Report of the Indian Hemp Drugs Commission, 1894-1895 - Volume I
Year: 1894
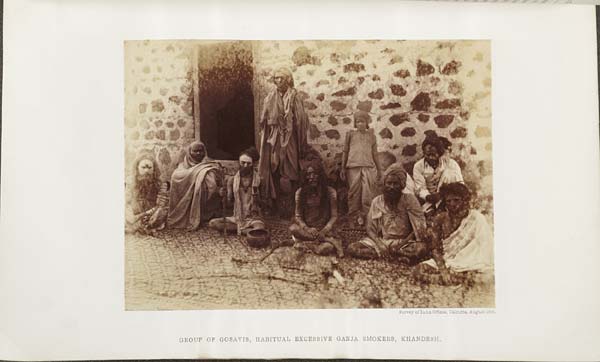
Survey of India Offices, Calcutta, August 1894.
GROUP OF GOSAVIS, HABITUAL EXCESSIVE GANJA SMOKERS, KHANDESH.